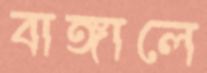
বাঙ্গালে